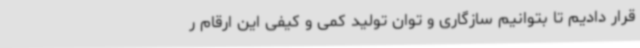
قرار دادیم تا بتوانیم سازگاری و توان تولید کمی و کیفی این ارقام ر